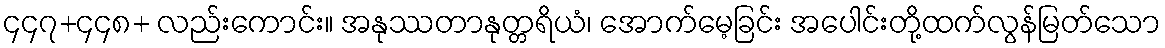
၄၄၇+၄၄၈+ လည်းကောင်း။ အနုဿတာနုတ္တရိယံ၊ အောက်မေ့ခြင်း အပေါင်းတို့ထက်လွန်မြတ်သော